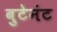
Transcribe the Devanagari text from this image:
बुटेनंट